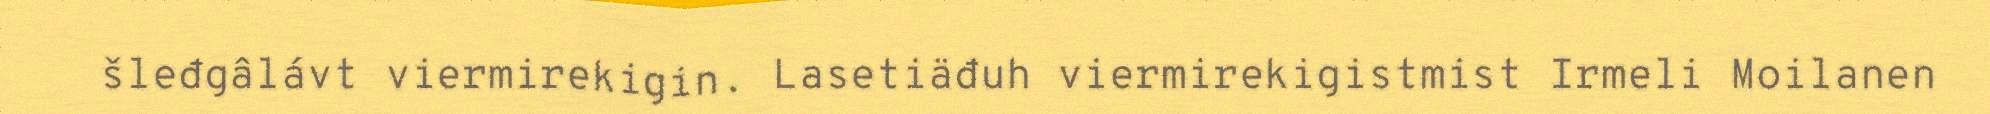
šleđgâlávt viermirekigin. Lasetiäđuh viermirekigistmist Irmeli Moilanen